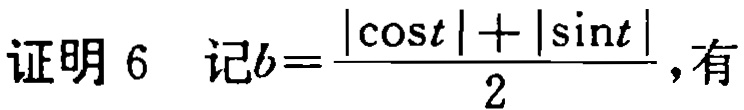
证明 6 记\(b = \frac{|\cos t| + |\sin t|}{2}\)，有